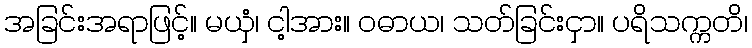
အခြင်းအရာဖြင့်။ မယှံ၊ ငါ့အား။ ဝဓာယ၊ သတ်ခြင်းငှာ။ ပရိသက္ကတိ၊